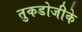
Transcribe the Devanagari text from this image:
तुकडोजीके